Vaccination in Bombay 1874-1876 - 1874-1876
Year: 1874
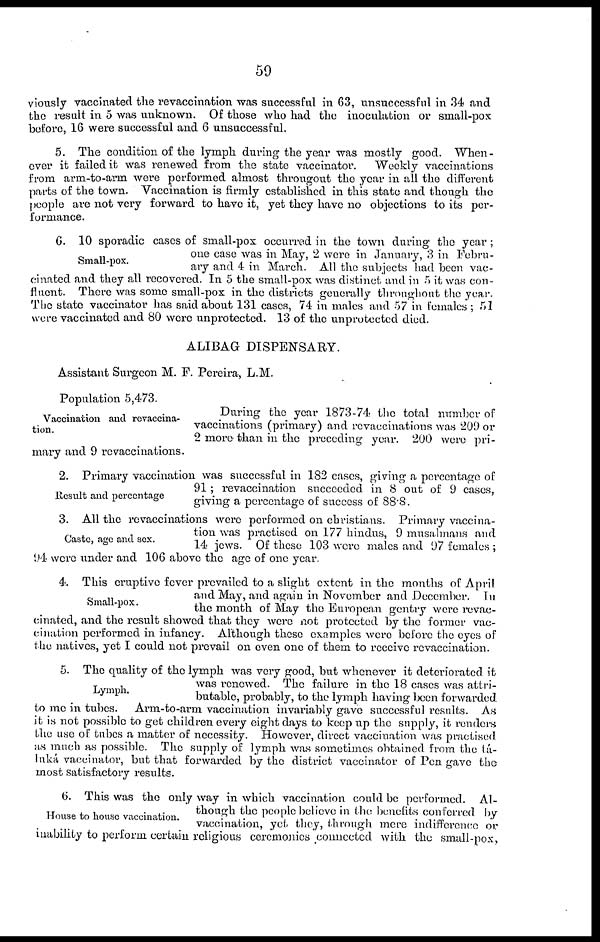
59
viously vaccinated the revaccination was successful in 63, unsuccessful in 34 and
the result in 5 was unknown. Of those who had the inoculation or small-pox
before, 16 were successful and 6 unsuccessful.
5. The condition of the lymph during the year was mostly good. When-
ever it failed it was renewed from the state vaccinator.
Weekly vaccinations
from arm-to-arm were performed almost througout the year in all the different
parts of the town. Vaccination is firmly established in this state and though the
people are not very forward to have it, yet they have no objections to its per-
formance.
Small-pox.
6. 10 sporadic cases of small-pox occurred in the town during the year;
one case was in May, 2 were in January, 3 in Febru-
ary and 4 in March. All the subjects had been vac-
cinated and they all recovered. In 5 the small-pox was distinct and in 5 it was con-
fluent. There was some small-pox in the districts generally throughout the year.
The state vaccinator has said about 131 cases, 74 in males and 57 in females ; 51
were vaccinated and 80 were unprotected. 13 of the unprotected died.
ALIBAG DISPENSARY.
Assistant Surgeon M. F. Pereira, L.M.
Population 5,473.
Vaccination and revaccina-
tion.
During the year 1873-74 the total number of
vaccinations (primary) and revaccinations was 209 or
2 more than in the preceding year. 200 were pri-
mary and 9 revaccinations.
Result and percentage
2. Primary vaccination was successful in 182 cases, giving a percentage of
91 ; revaccination succeeded in 8 out of 9 cases,
giving a percentage of success of 88.8.
Caste, age and sex.
3. All the revaccinations were performed on christians. Primary vaccina-
tion was practised on 177 hindus, 9 musalmans and
14 jews. Of these 103 were males and 97 females ;
94 were under and 106 above the age of one year.
Small-pox.
4. This cruptive fever prevailed to a slight extent in the months of April
and May, and again in November and December. In
the month of May the European, gentry were revac-
cinated, and the result showed that they were not protected by the former vac-
cination performed in infancy. Although these examples were before the eyes of
the natives, yet I could not prevail on even one of them to receive revaccination.
Lymph.
5. The quality of the lymph was very good, but whenever it deteriorated it
was renewed. The failure in the 18 cases was attri-
butable, probably, to the lymph having been forwarded
to me in tubes. Arm-to-arm vaccination invariably gave successful results. As
it is not possible to get children every eight days to keep up the supply, it renders
the use of tubes a matter of necessity. However, direct vaccination was practised
as much as possible. The supply of lymph was sometimes obtained from the tá¬
luká vaccinator, but that forwarded by the district vaccinator of Pen gave the
most satisfactory results.
House to house vaccination.
6. This was the only way in which vaccination could be performed. Al-
though the people believe in the benefits conferred by
vaccination, yet they, through mere indifference or
inability to perform certain religious ceremonies connected with the small-pox,